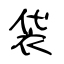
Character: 袋